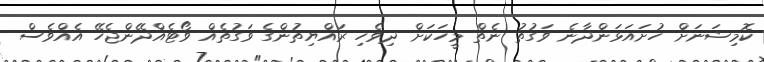
ކޮމިޝަނަށް ހުށައަޅަންދާނެ ވަގުތު ނެތް މީހަކަށް ދިވެހި ރައްޔިތުންގެ ވަގުތެއް ވޯޓެއްދޭންޖެހޭ އެއްވެސް